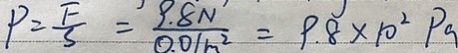
P = \frac { F } { S } = \frac { 9 . 8 N } { 0 . 0 1 m ^ { 2 } } = 9 . 8 \times 1 0 ^ { 2 } P 9